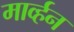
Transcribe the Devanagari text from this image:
मार्व्हन